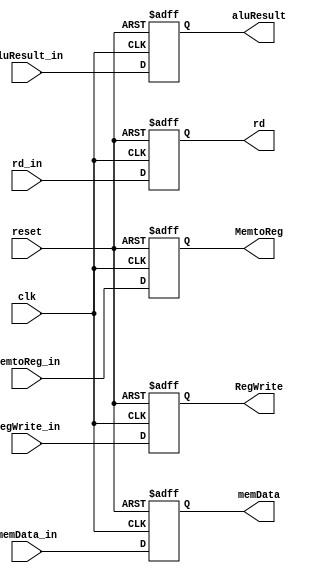
module WBRegister(
			input[31:0] aluResult_in,
			input[31:0] memData_in,
			input[4:0] rd_in,
			input MemtoReg_in,
			input RegWrite_in,
			input clk,input reset,
			
			output [31:0] aluResult,
			output[31:0] memData,
			output[4:0] rd,
			output MemtoReg,output RegWrite

);
			reg [31:0] aluResult_out,memData_out;
         reg [4:0] rd_out;
         reg MemtoReg_out, RegWrite_out;

  always @(posedge reset or posedge clk)
  begin
    if(reset)
      begin
        aluResult_out <= 64'b0;
        memData_out <= 64'b0;
        rd_out <= 5'b0;
        MemtoReg_out <= 1'b0;
        RegWrite_out <= 1'b0;
      end
    else
      begin
        aluResult_out <= aluResult_in;
        memData_out <= memData_in;
        rd_out <= rd_in;
        MemtoReg_out <= MemtoReg_in;
        RegWrite_out <= RegWrite_in;
      end
  end
  
	assign aluResult=aluResult_out;
	assign memData=memData_out;
	assign rd=rd_out;
	assign MemtoReg=MemtoReg_out;
	assign RegWrite = RegWrite_out;
endmodule